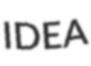
IDEA